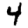
Digit: 4